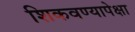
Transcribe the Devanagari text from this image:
शिकवण्यापेक्षा